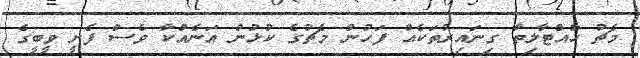
މެޗު ހުއްޓާލިތާ ގިނައިރުތަކެއް ފަހުން މެޗުގެ ކުޅުން އަނެއްކާ ވެސް ފެށީ ވީބީގެ